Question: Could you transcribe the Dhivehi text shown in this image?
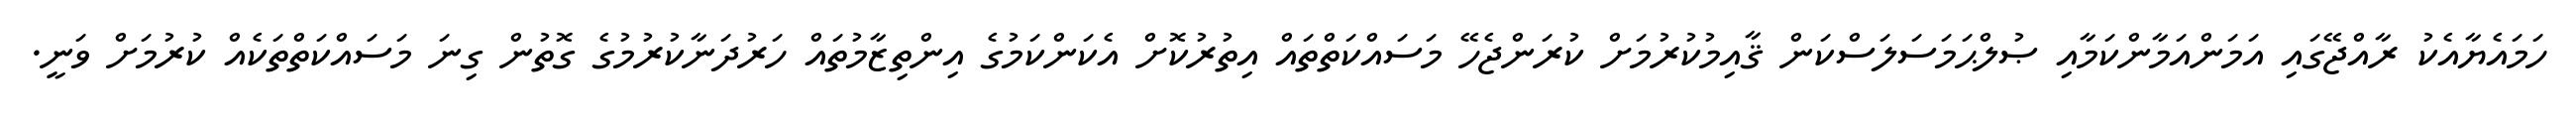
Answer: ހަމައެޔާއެކު ރާއްޖޭގައި އަމަންއަމާންކަމާއި ޞުލްޙަމަސަލަސްކަން ޤާއިމުކުރުމަށް ކުރަންޖެހޭ މަސައްކަތްތައް އިތުރުކޮށް އެކަންކަމުގެ އިންތިޒާމުތައް ހަރުދަނާކުރުމުގެ ގޮތުން ގިނަ މަސައްކަތްތަކެއް ކުރުމަށް ވަނީ.